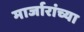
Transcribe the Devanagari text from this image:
मार्जारांच्या